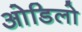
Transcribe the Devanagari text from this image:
ओडिलो